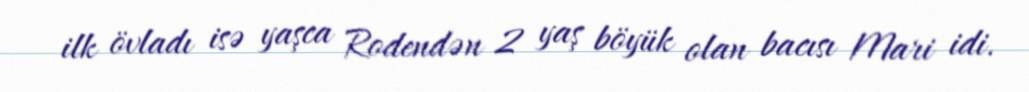
ilk övladı isə yaşca Rodendən 2 yaş böyük olan bacısı Mari idi.